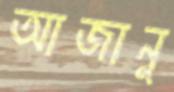
আজানু